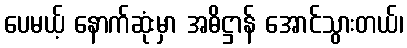
ပေမယ့် နောက်ဆုံးမှာ အဓိဋ္ဌာန် အောင်သွားတယ်၊